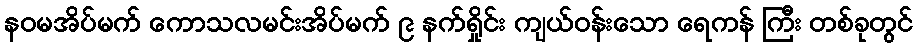
နဝမအိပ်မက် ကောသလမင်းအိပ်မက် ၉ နက်ရှိုင်း ကျယ်ဝန်းသော ရေကန် ကြီး တစ်ခုတွင်